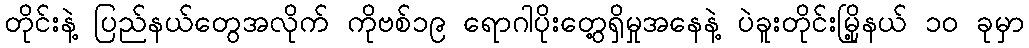
တိုင်းနဲ့ ပြည်နယ်တွေအလိုက် ကိုဗစ်၁၉ ရောဂါပိုးတွေ့ရှိမှုအနေနဲ့ ပဲခူးတိုင်းမြို့နယ် ၁၀ ခုမှာ